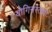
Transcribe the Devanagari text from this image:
योगिनस्तथा